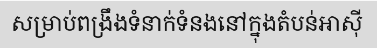
សម្រាប់ពង្រឹងទំនាក់ទំនងនៅក្នុងតំបន់អាស៊ី